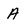
Character: A